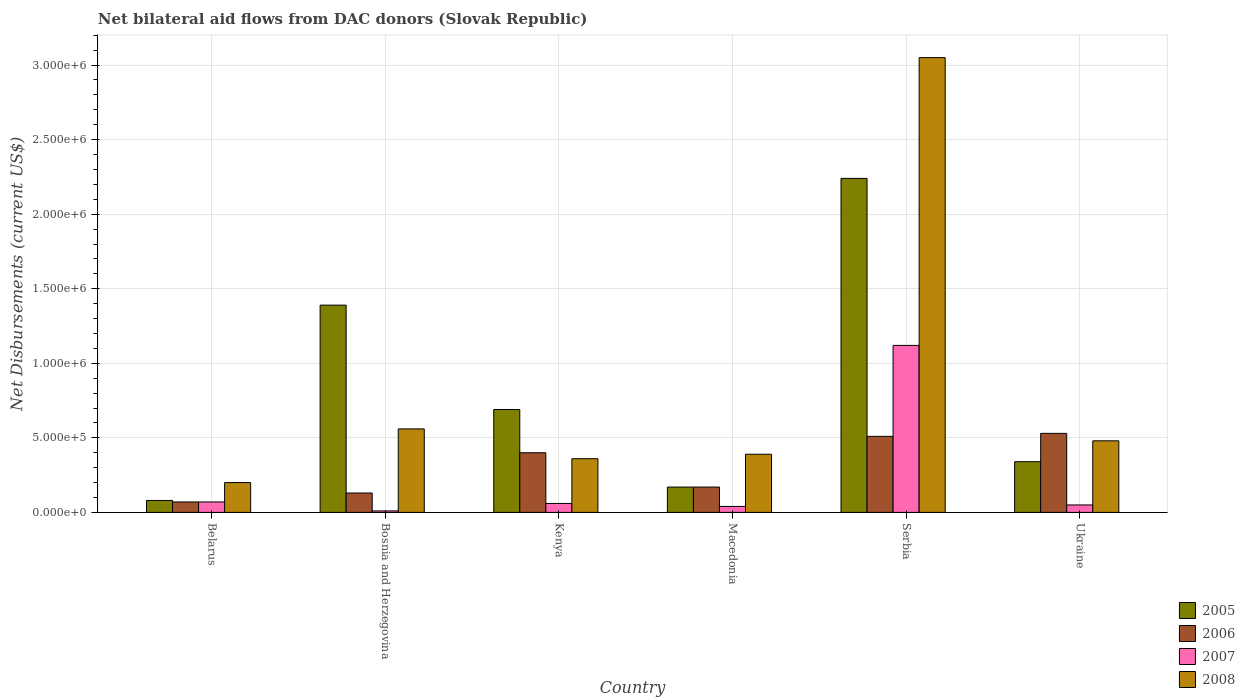
| Country | 2005 | 2006 | 2007 | 2008 |
 | --- | --- | --- | --- | --- |
 | Belarus | 8e+04 | 7e+04 | 7e+04 | 2e+05 |
 | Bosnia and Herzegovina | 1.39e+06 | 1.3e+05 | 1e+04 | 5.6e+05 |
 | Kenya | 6.9e+05 | 4e+05 | 6e+04 | 3.6e+05 |
 | Macedonia | 1.7e+05 | 1.7e+05 | 4e+04 | 3.9e+05 |
 | Serbia | 2.24e+06 | 5.1e+05 | 1.12e+06 | 3.05e+06 |
 | Ukraine | 3.4e+05 | 5.3e+05 | 5e+04 | 4.8e+05 |